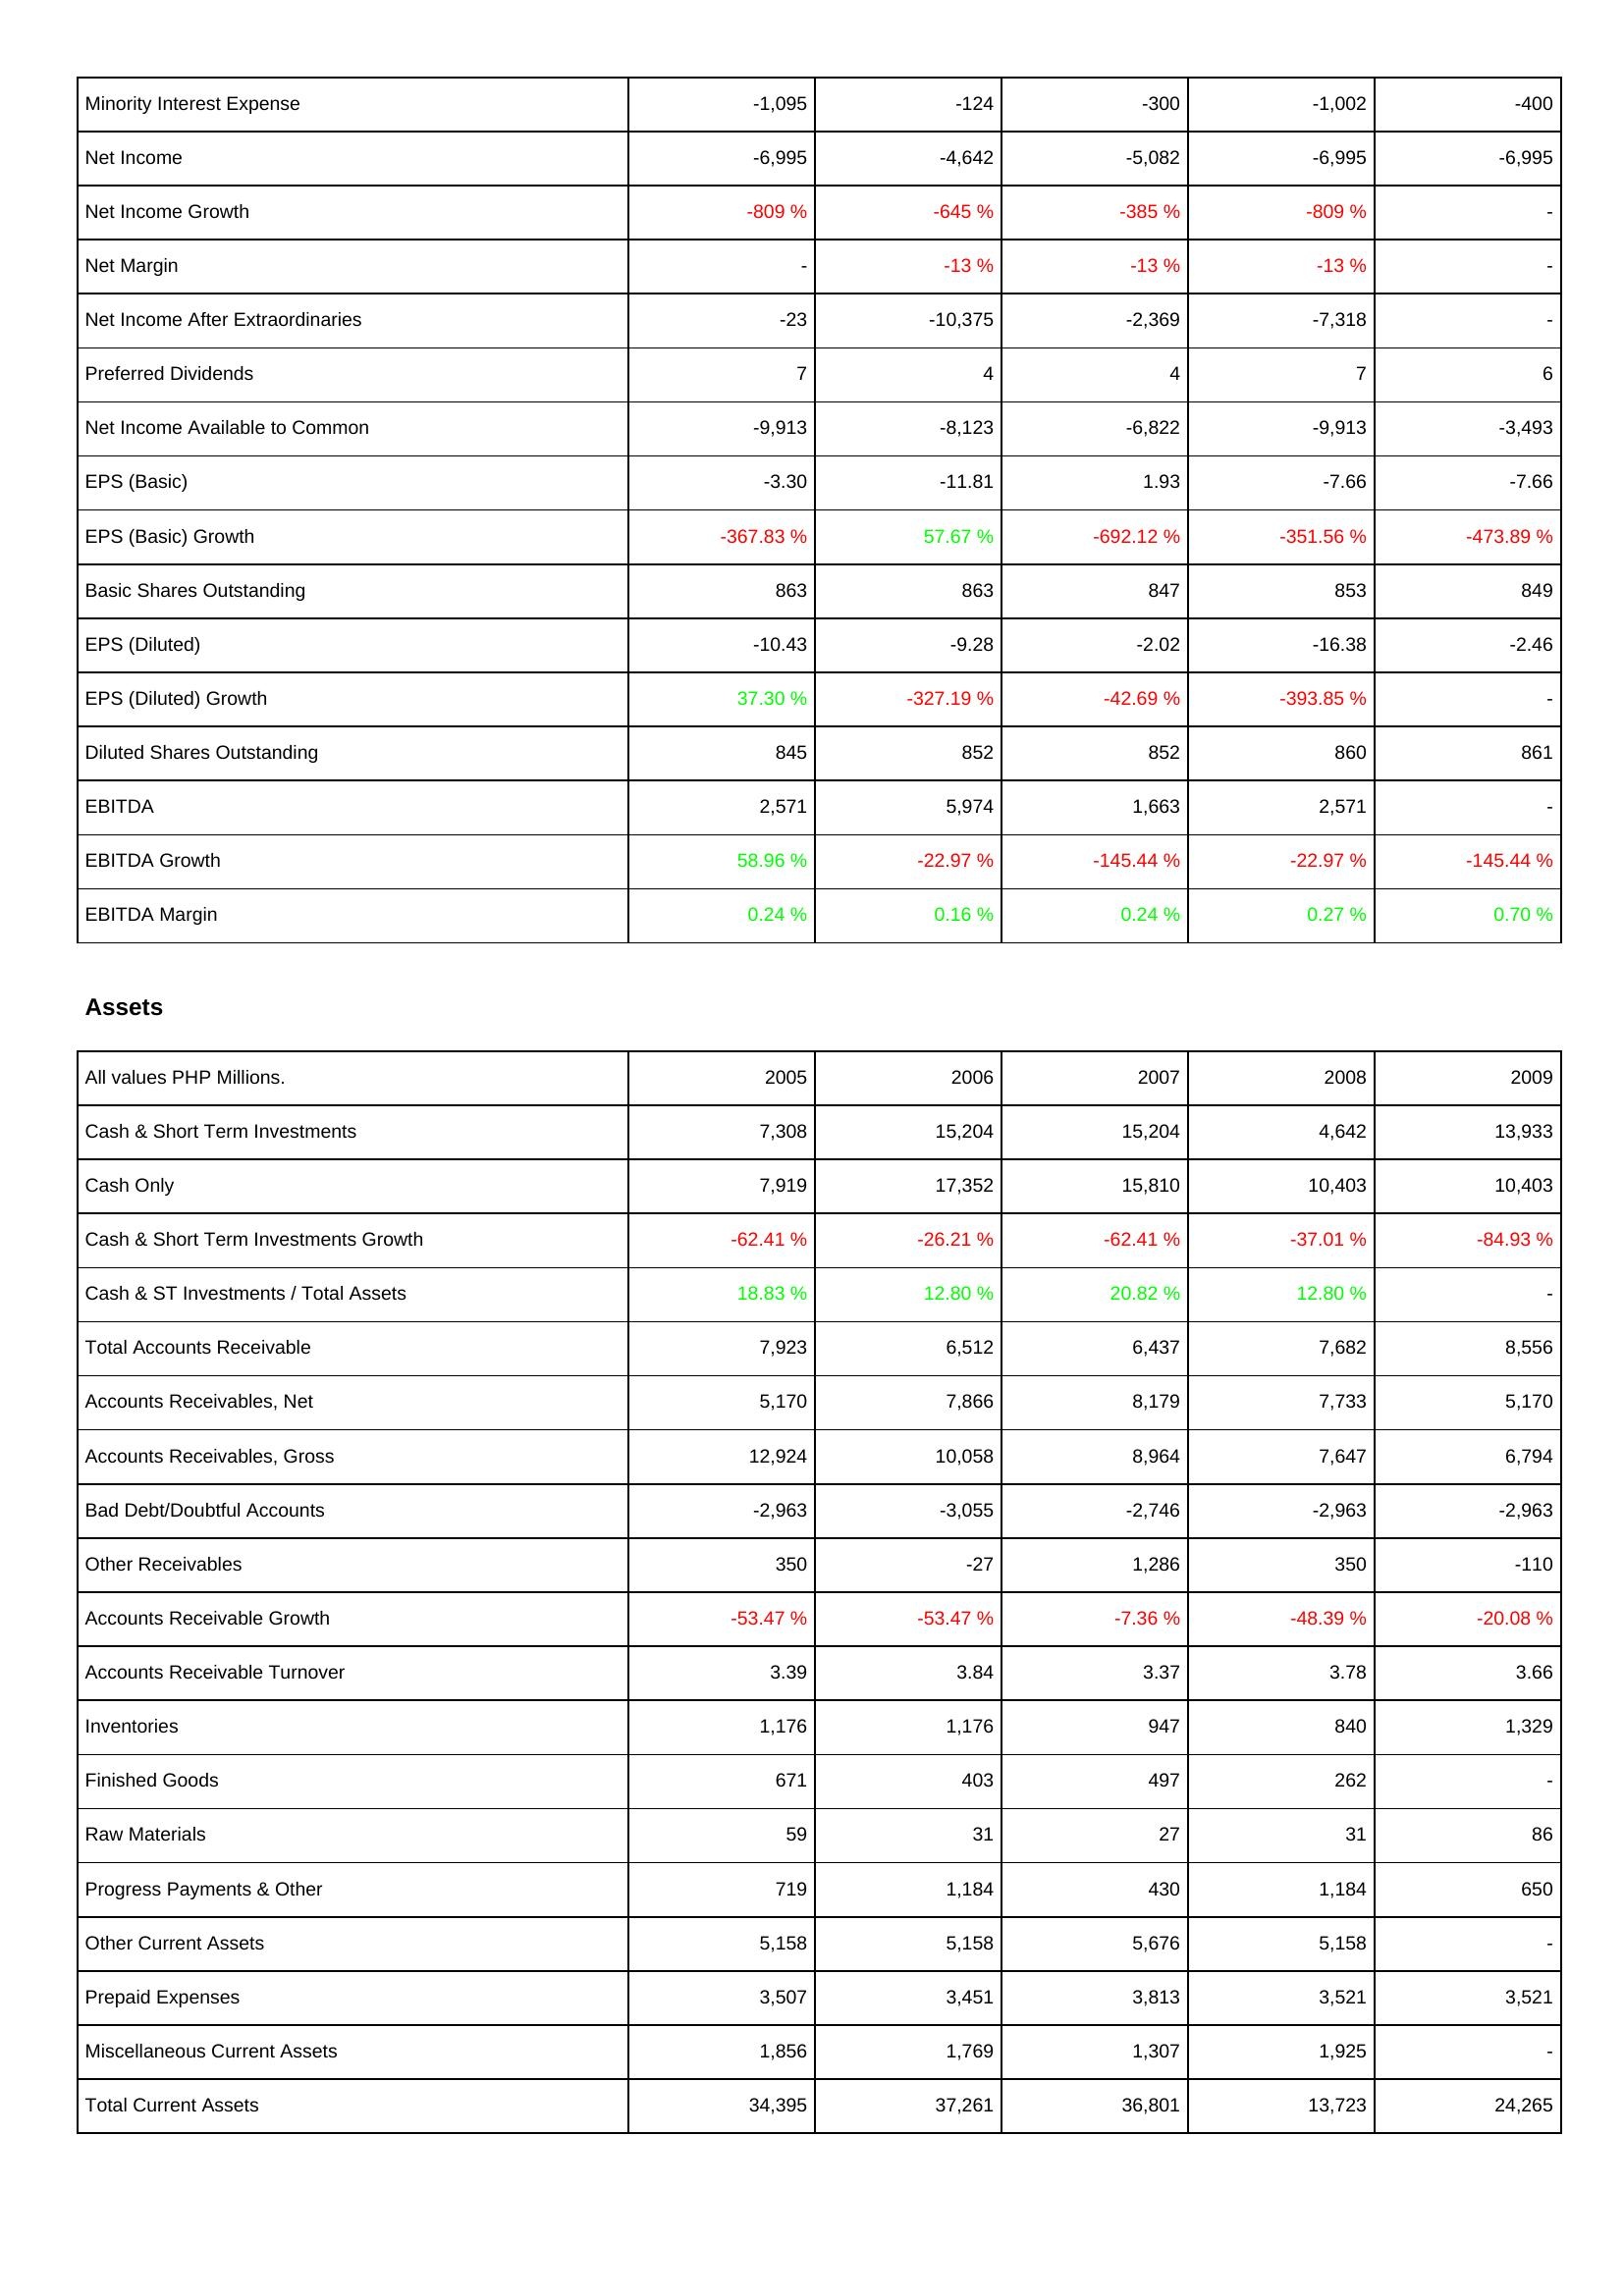
2005: Income Statement: Minority Interest Expense: -1,095
Net Income: -6,995
Net Income Growth: -809 %
Net Margin: -
Net Income After Extraordinaries: -23
Preferred Dividends: 7
Net Income Available to Common: -9,913
EPS (Basic): -3.30
EPS (Basic) Growth: -367.83 %
Basic Shares Outstanding: 863
EPS (Diluted): -10.43
EPS (Diluted) Growth: 37.30 %
Diluted Shares Outstanding: 845
EBITDA: 2,571
EBITDA Growth: 58.96 %
EBITDA Margin: 0.24 %
Assets: Cash & Short Term Investments: 7,308
Cash Only: 7,919
Cash & Short Term Investments Growth: -62.41 %
Cash & ST Investments / Total Assets: 18.83 %
Total Accounts Receivable: 7,923
Accounts Receivables, Net: 5,170
Accounts Receivables, Gross: 12,924
Bad Debt/Doubtful Accounts: -2,963
Other Receivables: 350
Accounts Receivable Growth: -53.47 %
Accounts Receivable Turnover: 3.39
Inventories: 1,176
Finished Goods: 671
Raw Materials: 59
Progress Payments & Other: 719
Other Current Assets: 5,158
Prepaid Expenses: 3,507
Miscellaneous Current Assets: 1,856
Total Current Assets: 34,395
2006: Income Statement: Minority Interest Expense: -124
Net Income: -4,642
Net Income Growth: -645 %
Net Margin: -13 %
Net Income After Extraordinaries: -10,375
Preferred Dividends: 4
Net Income Available to Common: -8,123
EPS (Basic): -11.81
EPS (Basic) Growth: 57.67 %
Basic Shares Outstanding: 863
EPS (Diluted): -9.28
EPS (Diluted) Growth: -327.19 %
Diluted Shares Outstanding: 852
EBITDA: 5,974
EBITDA Growth: -22.97 %
EBITDA Margin: 0.16 %
Assets: Cash & Short Term Investments: 15,204
Cash Only: 17,352
Cash & Short Term Investments Growth: -26.21 %
Cash & ST Investments / Total Assets: 12.80 %
Total Accounts Receivable: 6,512
Accounts Receivables, Net: 7,866
Accounts Receivables, Gross: 10,058
Bad Debt/Doubtful Accounts: -3,055
Other Receivables: -27
Accounts Receivable Growth: -53.47 %
Accounts Receivable Turnover: 3.84
Inventories: 1,176
Finished Goods: 403
Raw Materials: 31
Progress Payments & Other: 1,184
Other Current Assets: 5,158
Prepaid Expenses: 3,451
Miscellaneous Current Assets: 1,769
Total Current Assets: 37,261
2007: Income Statement: Minority Interest Expense: -300
Net Income: -5,082
Net Income Growth: -385 %
Net Margin: -13 %
Net Income After Extraordinaries: -2,369
Preferred Dividends: 4
Net Income Available to Common: -6,822
EPS (Basic): 1.93
EPS (Basic) Growth: -692.12 %
Basic Shares Outstanding: 847
EPS (Diluted): -2.02
EPS (Diluted) Growth: -42.69 %
Diluted Shares Outstanding: 852
EBITDA: 1,663
EBITDA Growth: -145.44 %
EBITDA Margin: 0.24 %
Assets: Cash & Short Term Investments: 15,204
Cash Only: 15,810
Cash & Short Term Investments Growth: -62.41 %
Cash & ST Investments / Total Assets: 20.82 %
Total Accounts Receivable: 6,437
Accounts Receivables, Net: 8,179
Accounts Receivables, Gross: 8,964
Bad Debt/Doubtful Accounts: -2,746
Other Receivables: 1,286
Accounts Receivable Growth: -7.36 %
Accounts Receivable Turnover: 3.37
Inventories: 947
Finished Goods: 497
Raw Materials: 27
Progress Payments & Other: 430
Other Current Assets: 5,676
Prepaid Expenses: 3,813
Miscellaneous Current Assets: 1,307
Total Current Assets: 36,801
2008: Income Statement: Minority Interest Expense: -1,002
Net Income: -6,995
Net Income Growth: -809 %
Net Margin: -13 %
Net Income After Extraordinaries: -7,318
Preferred Dividends: 7
Net Income Available to Common: -9,913
EPS (Basic): -7.66
EPS (Basic) Growth: -351.56 %
Basic Shares Outstanding: 853
EPS (Diluted): -16.38
EPS (Diluted) Growth: -393.85 %
Diluted Shares Outstanding: 860
EBITDA: 2,571
EBITDA Growth: -22.97 %
EBITDA Margin: 0.27 %
Assets: Cash & Short Term Investments: 4,642
Cash Only: 10,403
Cash & Short Term Investments Growth: -37.01 %
Cash & ST Investments / Total Assets: 12.80 %
Total Accounts Receivable: 7,682
Accounts Receivables, Net: 7,733
Accounts Receivables, Gross: 7,647
Bad Debt/Doubtful Accounts: -2,963
Other Receivables: 350
Accounts Receivable Growth: -48.39 %
Accounts Receivable Turnover: 3.78
Inventories: 840
Finished Goods: 262
Raw Materials: 31
Progress Payments & Other: 1,184
Other Current Assets: 5,158
Prepaid Expenses: 3,521
Miscellaneous Current Assets: 1,925
Total Current Assets: 13,723
2009: Income Statement: Minority Interest Expense: -400
Net Income: -6,995
Net Income Growth: -
Net Margin: -
Net Income After Extraordinaries: -
Preferred Dividends: 6
Net Income Available to Common: -3,493
EPS (Basic): -7.66
EPS (Basic) Growth: -473.89 %
Basic Shares Outstanding: 849
EPS (Diluted): -2.46
EPS (Diluted) Growth: -
Diluted Shares Outstanding: 861
EBITDA: -
EBITDA Growth: -145.44 %
EBITDA Margin: 0.70 %
Assets: Cash & Short Term Investments: 13,933
Cash Only: 10,403
Cash & Short Term Investments Growth: -84.93 %
Cash & ST Investments / Total Assets: -
Total Accounts Receivable: 8,556
Accounts Receivables, Net: 5,170
Accounts Receivables, Gross: 6,794
Bad Debt/Doubtful Accounts: -2,963
Other Receivables: -110
Accounts Receivable Growth: -20.08 %
Accounts Receivable Turnover: 3.66
Inventories: 1,329
Finished Goods: -
Raw Materials: 86
Progress Payments & Other: 650
Other Current Assets: -
Prepaid Expenses: 3,521
Miscellaneous Current Assets: -
Total Current Assets: 24,265